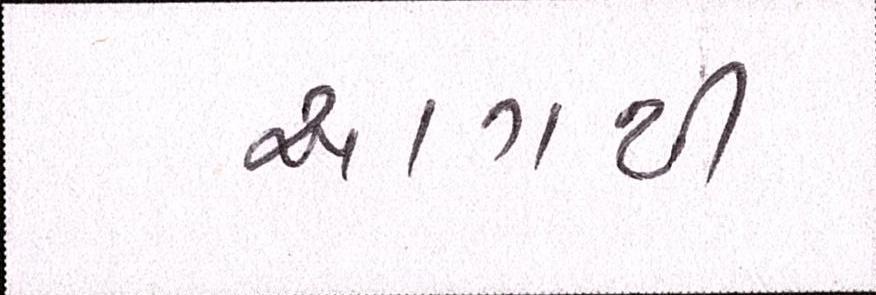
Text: આગથી